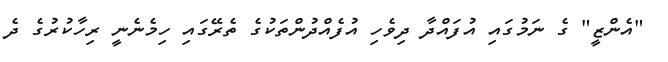
"އެންޒީ" ގެ ނަމުގައި އުފައްދާ ދިވެހި އުފެއްދުންތަކުގެ ތެރޭގައި ހިމެނެނީ ރިހާކުރުގެ ދެ